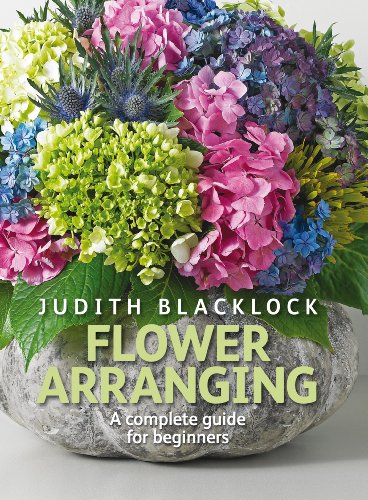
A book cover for Flower Arranging: The complete guide for beginners; Judith Blacklock; Crafts, Hobbies & Home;